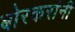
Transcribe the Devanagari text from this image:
बोरकरांनी